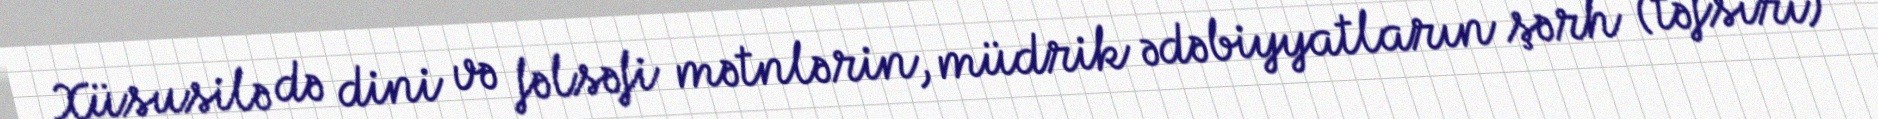
Xüsusilə də dini və fəlsəfi mətnlərin, müdrik ədəbiyyatların şərh (təfsiri)